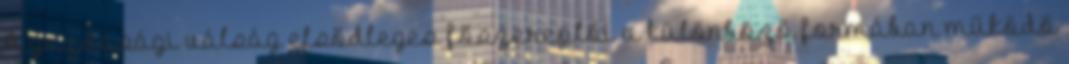
A gazdasági válság elsődleges főszereplői a különböző formában működő